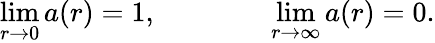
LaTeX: \operatorname*{lim}_{r\rightarrow 0}a(r)=1,\qquad\qquad\operatorname*{lim}_{r\rightarrow\infty}a(r)=0.